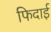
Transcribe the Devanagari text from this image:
फिदाई